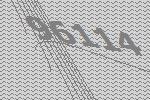
96114